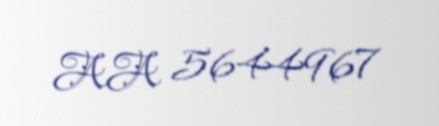
AA 5644967